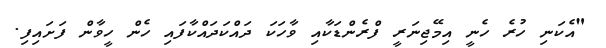
"އެކަނި ހުރެ ހެނީ އިމޭޖިނަރީ ފްރެންޑަކާއި ވާހަކަ ދައްކަދައްކާފައި ހެން ހީވާން ފަށައިފި.